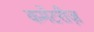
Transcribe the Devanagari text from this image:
कमेंटरीज़